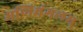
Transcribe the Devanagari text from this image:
मणिमंगलम्